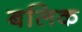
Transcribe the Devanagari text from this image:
बलिक